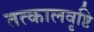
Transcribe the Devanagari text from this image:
तत्कालवृष्टि